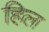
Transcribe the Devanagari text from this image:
हिल